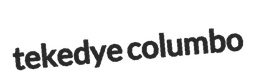
tekedye columbo